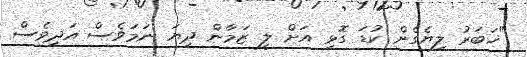
"ޚަބަރު ލިޔެގެން ކުޑަ ގޮޅި އަށް ލީ ޒަމާން ދިޔަ ނަމަވެސް އަދިވެސް